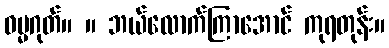
ဓမ္မဂုတ်။ ။ ဘယ်လောက်ကြာအောင် ကုရတုန်း။